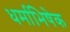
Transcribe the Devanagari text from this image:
धर्माभिषेक